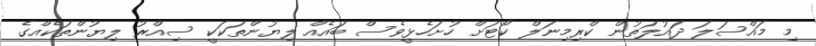
މި މައްސަލަ ދައުލަތުން ކްރިމިނަލް ކޯޓަށް ހުށަހެޅީވެސް ބައެއް ލިޔުންތަކަކީ ސިއްރު ލިޔުންތަކެއްގެ